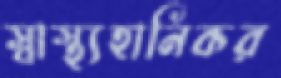
স্বাস্থ্যহানিকর